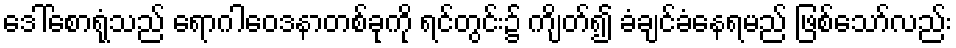
ဒေါ်စောရုံသည် ရောဂါဝေဒနာတစ်ခုကို ရင်တွင်း၌ ကျိတ်၍ ခံချင်ခံနေရမည် ဖြစ်သော်လည်း